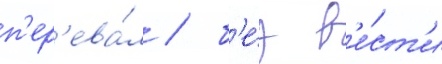
п'ер'ева́л / б'е́з в'е́ст'и